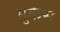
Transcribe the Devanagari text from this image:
मुकेस